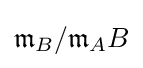
{\mathfrak {m}}_{B}/{\mathfrak {m}}_{A}B